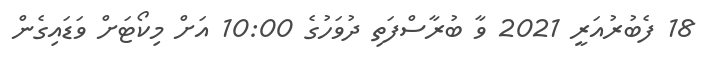
18 ފެބުރުއަރީ 2021 ވާ ބުރާސްފަތި ދުވަހުގެ 10:00 އަށް މިކޯޓަށް ވަޑައިގެން